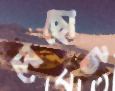
দোছোট